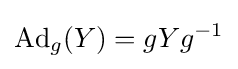
\operatorname {Ad} _{g}(Y)=gYg^{-1}